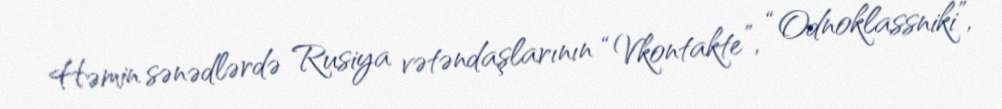
Həmin sənədlərdə Rusiya vətəndaşlarının “Vkontakte”, “Odnoklassniki”,